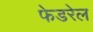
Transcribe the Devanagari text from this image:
फेडरेल